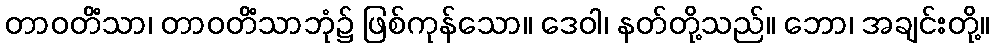
တာဝတိံသာ၊ တာဝတိံသာဘုံ၌ ဖြစ်ကုန်သော။ ဒေဝါ၊ နတ်တို့သည်။ ဘော၊ အချင်းတို့။